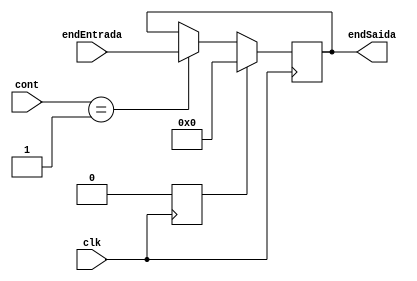
module contador_programa (clk, endEntrada, endSaida, cont);
	input wire clk;
	input wire [3:0] cont;
	input wire [31:0] endEntrada;
	output reg [31:0] endSaida;
	reg inicio=1;

	
	always @(posedge clk) begin
			if(inicio) begin
				endSaida =0;
				inicio=0;
			end else begin
				if(cont == 1) begin 
					endSaida = endEntrada;
				end
			end
	end
	
endmodule

// module teste ();
// 	reg [31:0] endEntrada;
// 	reg clk;
// 	wire [31:0] endSaida;
// 	initial begin
// 		$monitor("clk=%d, endEntrada=%d, endSaida=%d", clk, endEntrada, endSaida);
// 			clk=0;
// 			endEntrada=0;
// 			#2 endEntrada=1;
// 			#2 endEntrada=2;
// 			#2 endEntrada=3;
// 			#2 endEntrada=4;
// 			#1 $finish;
// 	end
// 	always begin
// 		#1 clk = !clk;
// 	end
// 	contador_programa a(clk, endEntrada, endSaida);
// endmodule